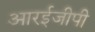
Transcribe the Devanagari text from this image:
आरईजीपी